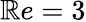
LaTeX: \mathbb{R}e=3